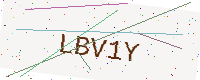
Text: LBV1Y